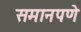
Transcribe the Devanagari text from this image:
समानपणे